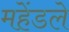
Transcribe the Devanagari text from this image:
महेंडले